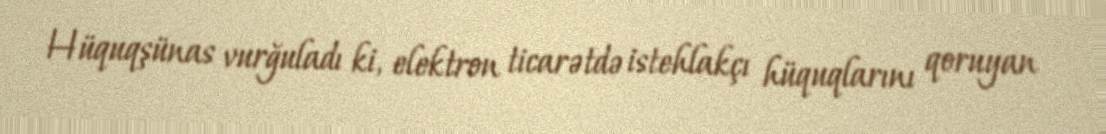
Hüquqşünas vurğuladı ki, elektron ticarətdə istehlakçı hüquqlarını qoruyan